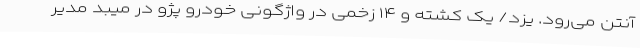
آنتن می‌رود. یزد/ یک کشته و ۱۴ زخمی در واژگونی خودرو پژو در میبد مدیر